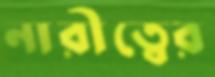
নারীত্বের